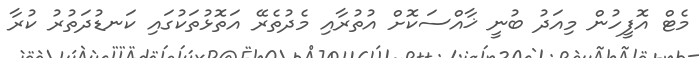
މެޓް އޮފީހުން މިއަދު ބުނީ ޚާއްސަކޮށް އުތުރާއި މެދުތެރޭ އަތޮޅުތަކުގައި ކަނޑުދަތުރު ކުރާ